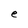
Character: e